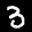
Label: 3